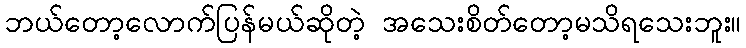
ဘယ်တော့လောက်ပြန်မယ်ဆိုတဲ့ အသေးစိတ်တော့မသိရသေးဘူး။